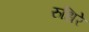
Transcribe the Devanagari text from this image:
रुधिरे